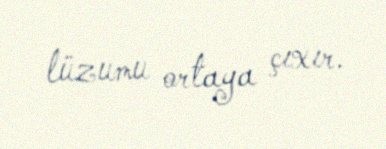
lüzumu ortaya çıxır.